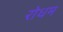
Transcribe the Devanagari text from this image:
रोधम